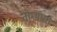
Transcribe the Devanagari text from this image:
तोम्मासो